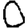
Digit: 0